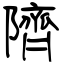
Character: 隮